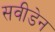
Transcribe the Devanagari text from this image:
सवीडेन